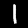
Digit: 1